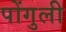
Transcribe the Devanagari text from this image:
पोंगुली